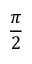
\frac { \pi } { 2 }